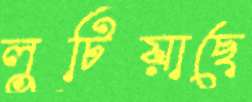
লুটিয়াছে